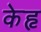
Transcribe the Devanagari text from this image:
केहृ